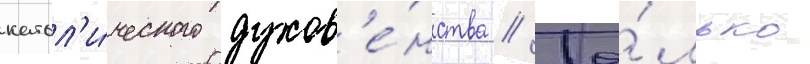
катол'и́ческого духов'е́нства // То́лько